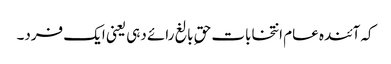
کہ آئندہ عام انتخابات حقِ بالغ رائے دہی یعنی ایک فرد۔